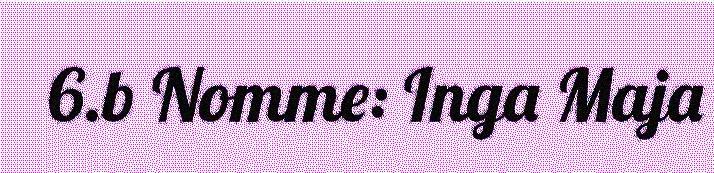
6.b Nomme: Inga Maja